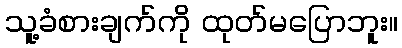
သူ့ခံစားချက်ကို ထုတ်မပြောဘူး။